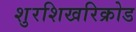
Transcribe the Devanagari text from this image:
शुरशिखरिक्रोड